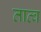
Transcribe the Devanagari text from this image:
तात्व